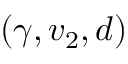
( \gamma , v _ { 2 } , d )